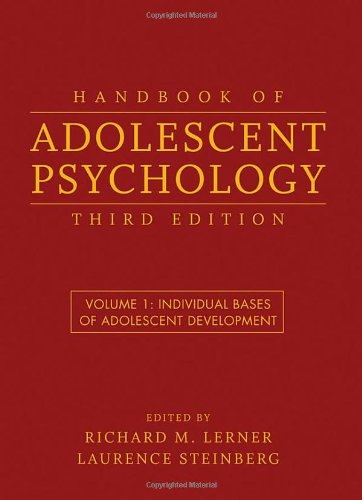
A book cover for Handbook of Adolescent Psychology, Individual Bases of Adolescent Development (Volume 1); Richard M. Lerner; Medical Books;